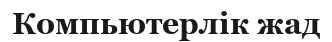
Компьютерлік жад